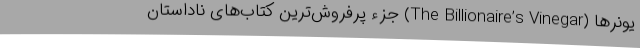
یونرها (The Billionaire’s Vinegar) جزء پرفروش‌ترین کتاب‌های ناداستان